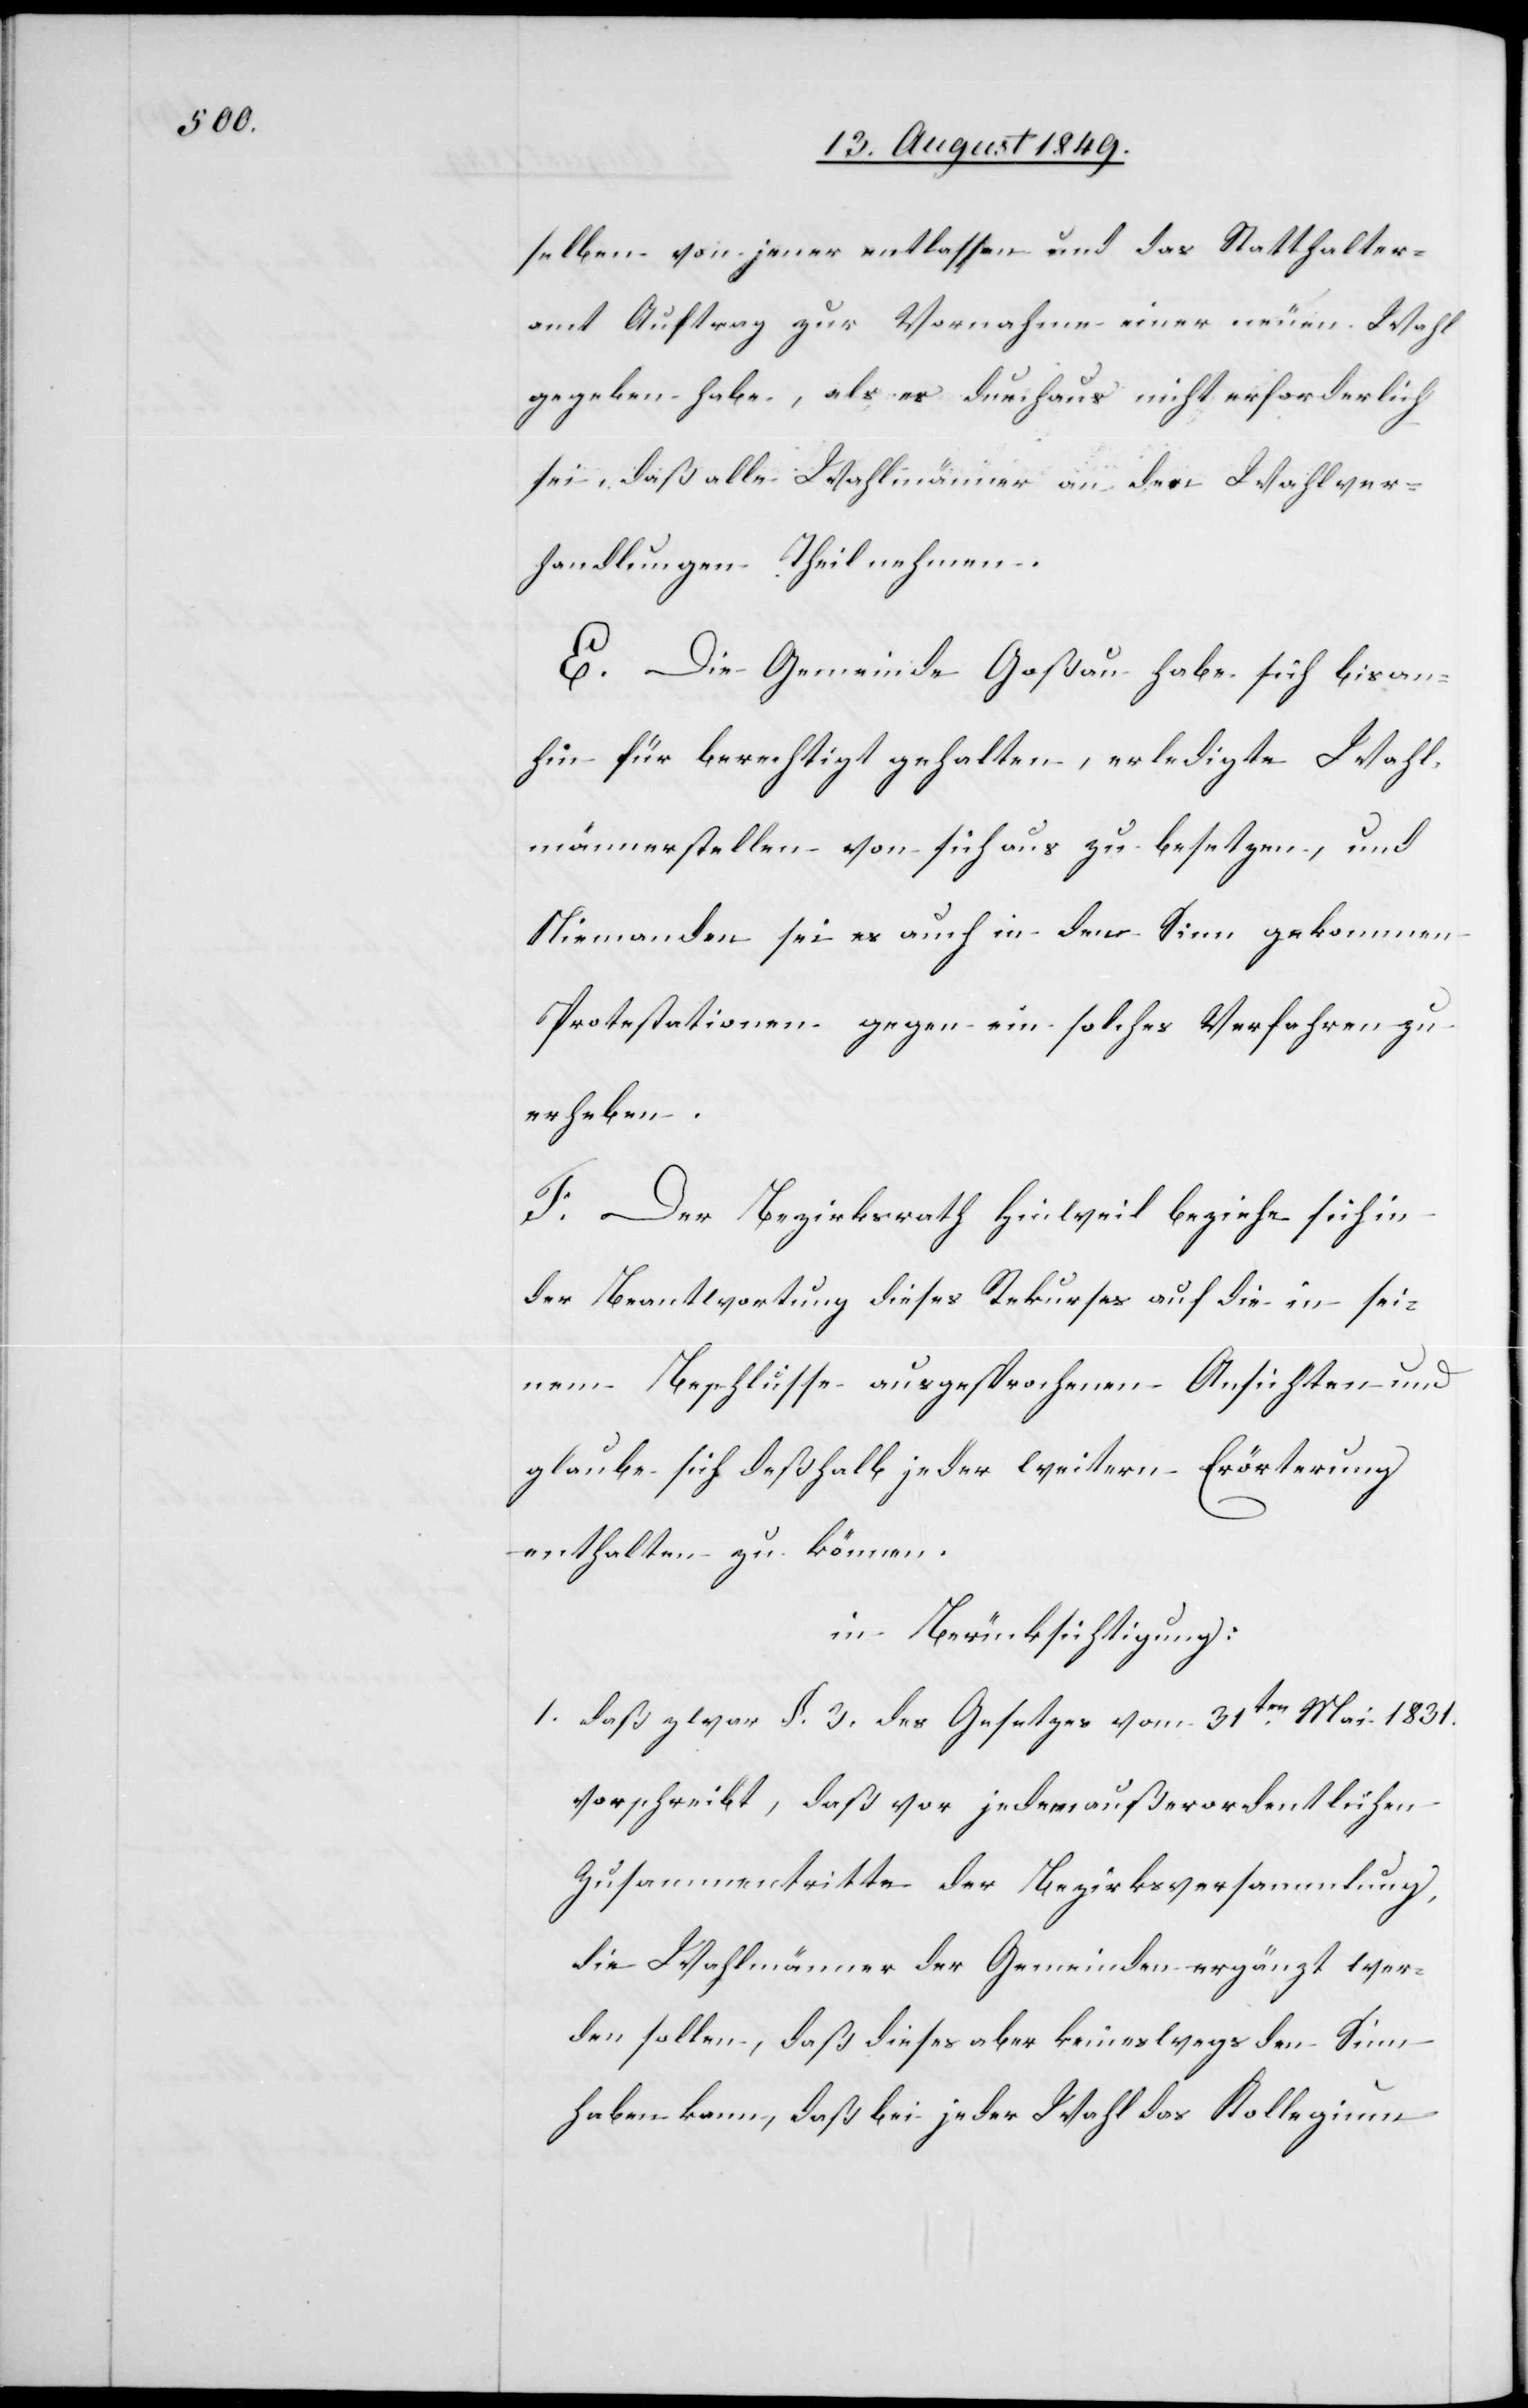
selben von jener entlassen und das Statthalter¬
amt Auftrag zur Vornahme einer neuen Wahl
gegeben habe, als es durchaus nicht erforderlich
sei, daß alle Wahlmänner an den Wahlver¬
handlungen Theil nehmen.
E. Die Gemeinde Goßau habe sich bisan¬
hin für berechtigt gehalten, erledigte Wahl¬
männerstellen von sich aus zu besetzen, und
Niemanden sei es auch in den Sinn gekommen
Protestationen gegen ein solches Verfahren zu
erheben.
F. Der Bezirksrath Hinweil beziehe sich in
der Beantwortung dieses Rekurses auf die in sei¬
nem Beschlusse ausgesprochenen Ansichten und
glaube sich deßhalb jeder weitern Erörterung
enthalten zu können.
in Berücksichtigung:
1. daß zwar §. 3. des Gesetzes vom 31ten Mai 1831.
vorschreibt, daß vor jedem außerordentlichen
Zusammentritte der Bezirksversammlung,
die Wahlmänner der Gemeinden ergänzt wer¬
den sollen, daß dieses aber keineswegs den Sinn
haben kann, daß bei jeder Wahl das Kollegium